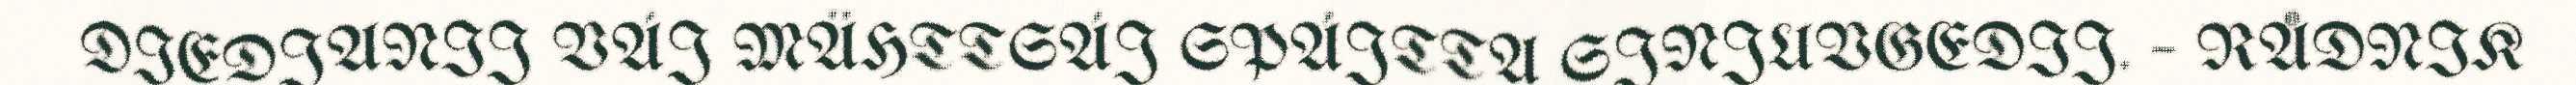
DIEDJANIJ VÁJ MÄHTTSÁJ SPÁJTTA SJNJUVGEDIJ. – RÅDNIK